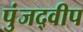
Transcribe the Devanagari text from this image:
पुंजद्वीप